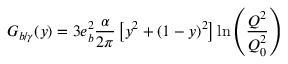
G _ { b / \gamma } ( y ) = 3 e _ { b } ^ { 2 } { \frac { \alpha } { 2 \pi } } \left[ y ^ { 2 } + ( 1 - y ) ^ { 2 } \right] \ln \left( \frac { Q ^ { 2 } } { Q _ { 0 } ^ { 2 } } \right)